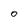
Character: 0